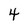
Character: 4